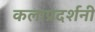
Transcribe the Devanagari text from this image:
कलाप्रदर्शनी